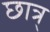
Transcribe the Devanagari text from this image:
छात्र्